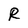
Character: R